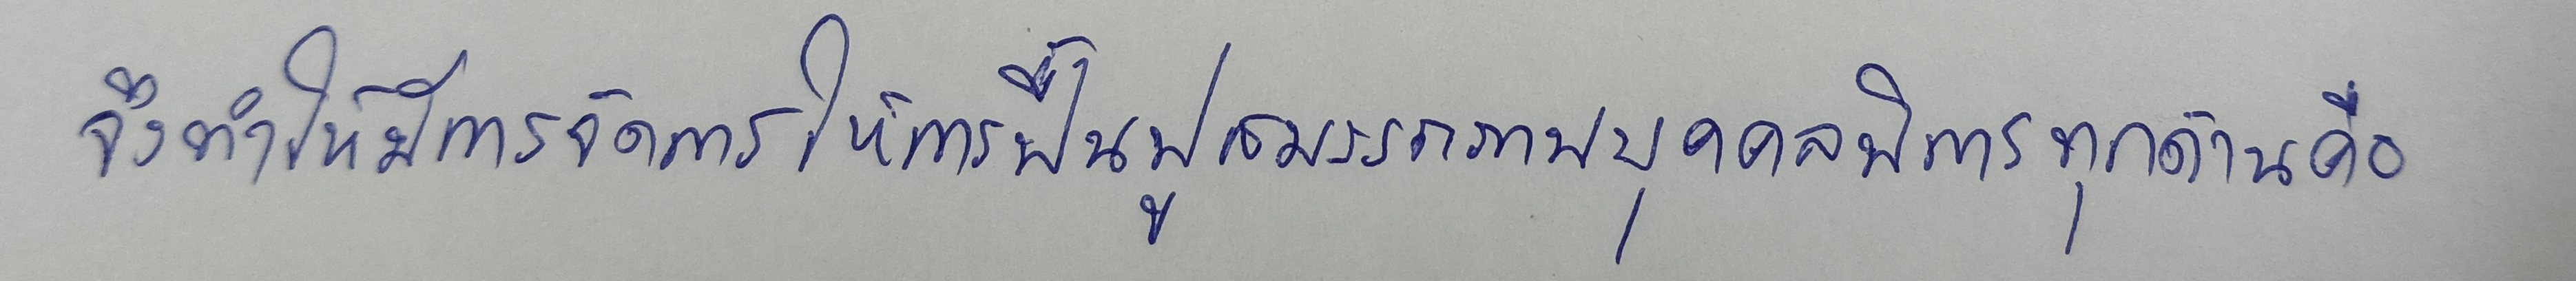
จึงทำให้มีการจัดการให้การฟื้นฟูสมรรถภาพบุคคลพิการทุกด้านคือ